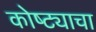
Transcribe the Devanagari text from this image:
कोष्ट्याचा